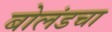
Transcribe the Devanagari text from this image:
बोलंडचा